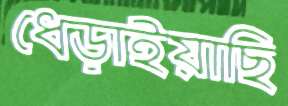
ধেড়াইয়াছি